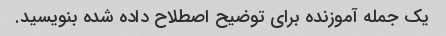
یک جمله آموزنده برای توضیح اصطلاح داده شده بنویسید.